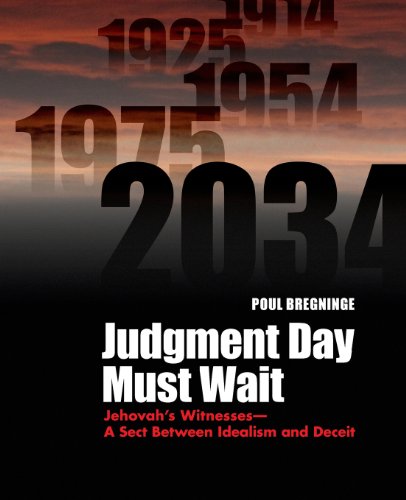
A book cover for Judgment Day Must Wait: Jehovah's Witnesses- A Sect Between Idealism and Deceit; Poul Bregninge; Christian Books & Bibles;